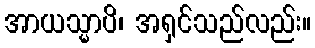
အာယသ္မာပိ၊ အရှင်သည်လည်း။